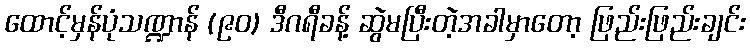
ထောင့်မှန်ပုံသဏ္ဍာန် (၉၀) ဒီဂရီခန့် ဆွဲမပြီးတဲ့အခါမှာတော့ ဖြည်းဖြည်းချင်း